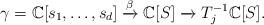
LaTeX: \begin{align*}\gamma = \mathbb{C}[s_{1}, \dots, s_{d}] \xrightarrow[]{\beta} \mathbb{C}[S] \xrightarrow[]{} \iffalse \mathbb{C}[S] \otimes_{\mathbb{C}[S]} \fi T_{j}^{-1} \mathbb{C}[S].\end{align*}